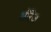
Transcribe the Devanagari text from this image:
ऒरेंज